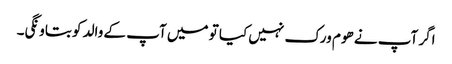
اگر آپ نے ھوم ورک نہیں کیا تو میں آپ کے والد کو بتاونگی۔